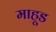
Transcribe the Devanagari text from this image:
माहूड